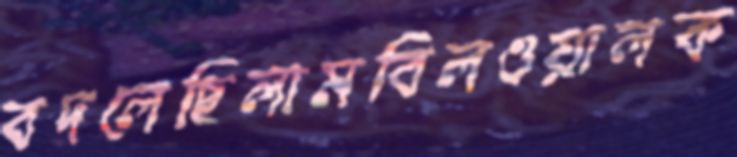
বদলেছিলামবিলওয়ালক